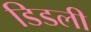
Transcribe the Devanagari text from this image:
डिडली